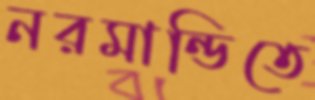
নরমান্ডিতে